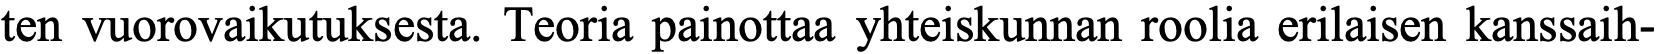
ten vuorovaikutuksesta. Teoria painottaa yhteiskunnan roolia erilaisen kanssaih-